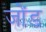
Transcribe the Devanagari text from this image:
जोंड